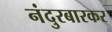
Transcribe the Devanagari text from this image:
नंदुरबारकर